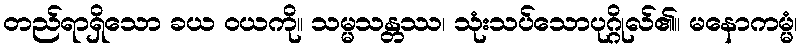
တည်ရာရှိသော ခယ ဝယကို။ သမ္မသန္တဿ၊ သုံးသပ်သောပုဂ္ဂိုလ်၏။ မနောကမ္မံ၊